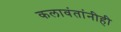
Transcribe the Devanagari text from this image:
कलावंतांनीही